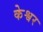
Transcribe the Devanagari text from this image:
केश्वर